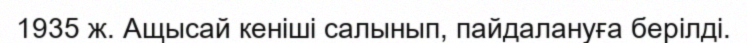
1935 ж. Ащысай кеніші салынып, пайдалануға берілді.